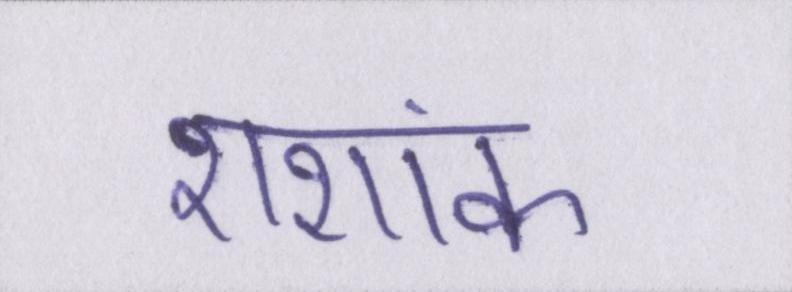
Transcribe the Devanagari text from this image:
शशांक